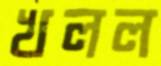
খলল